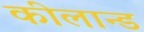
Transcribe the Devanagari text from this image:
कीलान्ड